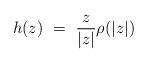
LaTeX: \begin{align*}h(z)\ =\ \frac{z}{|z|} \rho(|z|)\end{align*}